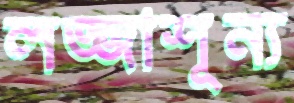
লজ্জাশূন্য